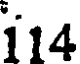
i14